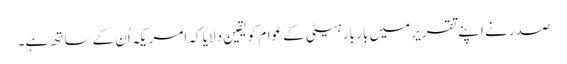
صدر نے اپنے تقریر میں بار بار ہیٹی کے عوام کو یقین دلایا کہ امریکہ اُن کے ساتھ ہے۔